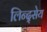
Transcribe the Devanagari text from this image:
लिन्द्सेय